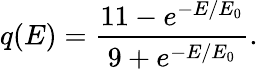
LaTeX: q(E)=\frac{11-e^{-E/E_{0}}}{9+e^{-E/E_{0}}}.